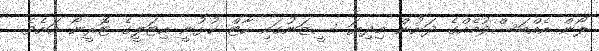
ލޯން އެއްބަސްވުމެއްގެ ދަށުން މިދިޔަ ސީޒަނުގައި ހާޓް ކުޅުނީ އިޓަލީގެ ޓޮރީނޯ އަށެވެ.